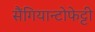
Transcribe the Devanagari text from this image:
सैंगियान्टोफेट्टी